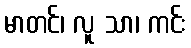
မာတင်၊ လူ သာ၊ ကင်း